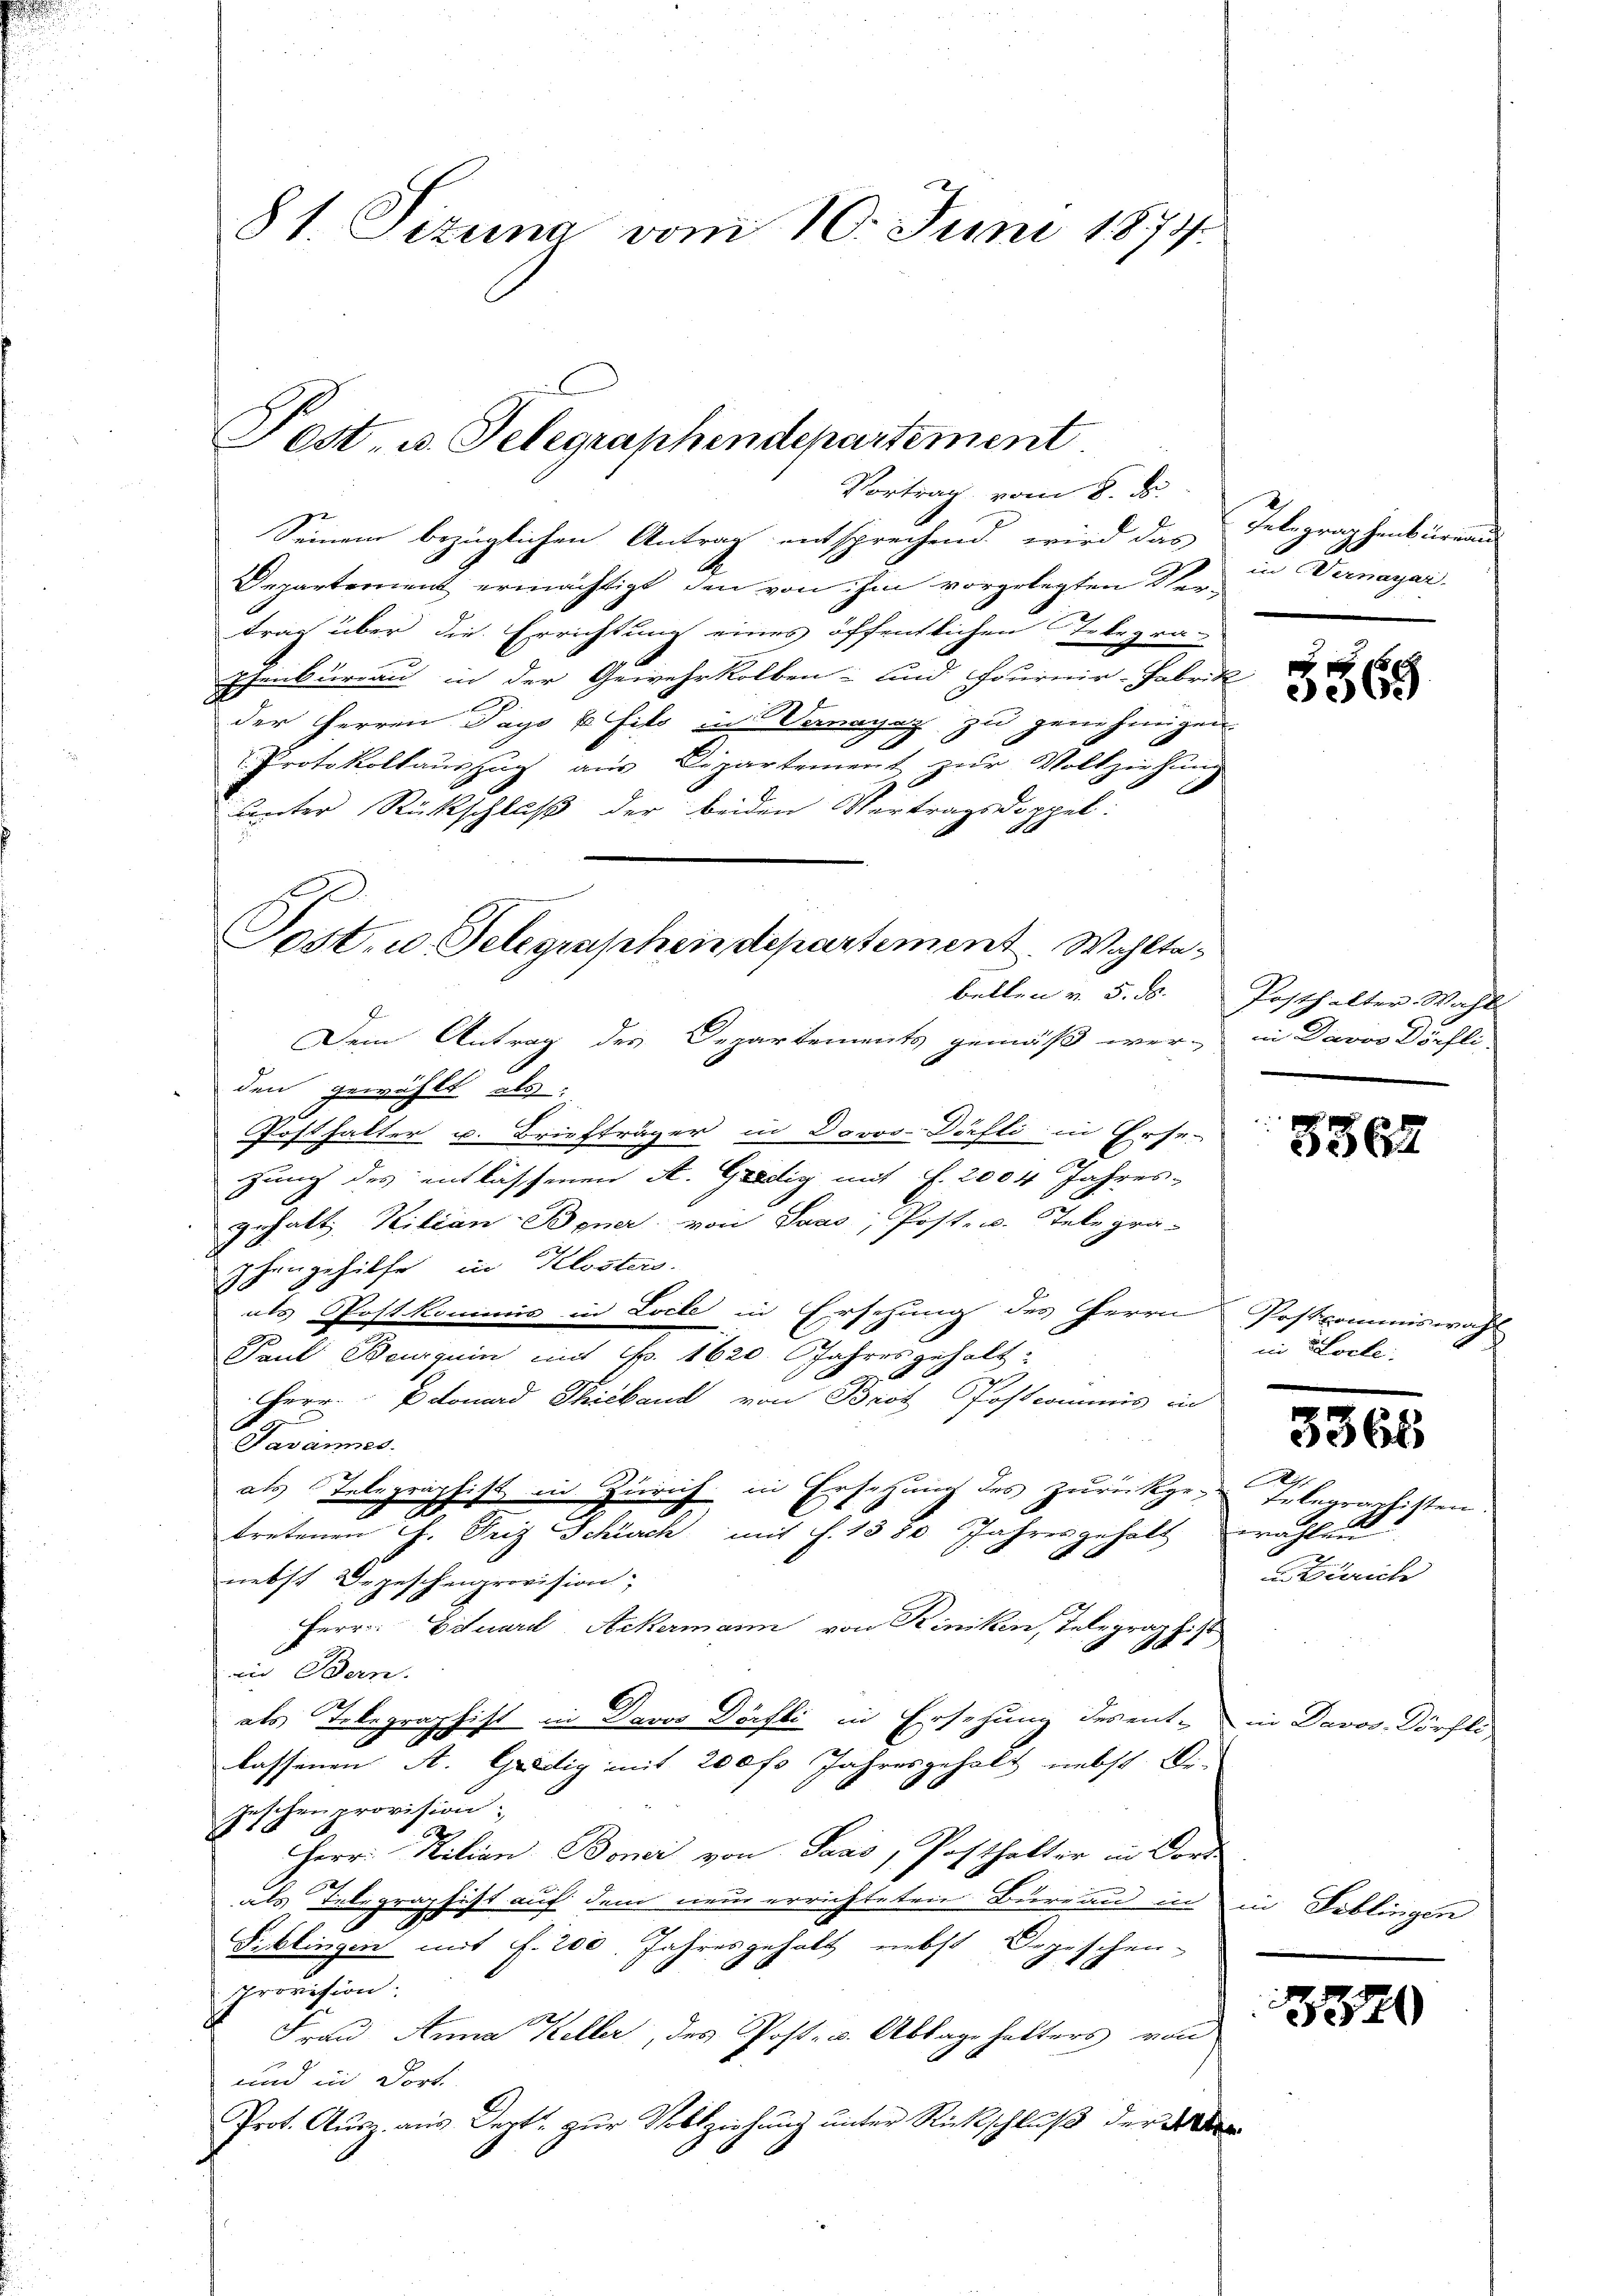
81 Sizung vom 10. Juni 1879.

Post, u. Telegraphendepartement.

Vortrag vom 8. ds.
Seinem bezüglichen Antrag entsprechend wird das Telegraphenbüreai
Departement ermächtigt, den von ihm vorgelegten Scher in ernayar.
trag über die Errichtung eines öffentlichen Telegra-
Psenbureau in der Gewehrkolben und Fournir-Fabrik
der Herren Pays p fils in Waagaz zu genehmigen.
Protokollauszug aus Departement zŭr Vollziehung
unter Rückschluß der beiden Vertragsdoppel:
bellen v. 5. d.
Dem Antrag des Departements gemäß wer- in Davos Dörfli
den gewählt als:
Posthalter u. Briefträger in Davos- Dörfli in Erse-
zung des entlassenen A. Gradig mit f. 2004 Jahres-
gehalt, Kilian-Boner von Saas, Post- u. Telegra-
phengehilfe in Kloster.
als Postkommis in Loile in Ersehung des Herrn Postcommiswahl
Paul Bourquin mit Fr. 1620. Jahresgehalt-
HHerr Edouard Thiekaud von Brot Postcommis in
Tavannes.
als Telegraphist in Zürich in Ersetzung des zurückge-Telegraphisten
tretenen G. Friz Schürch mit J. 1880 Jahresgehalt wahlen
nebst Depeschenprovision;
Herr Eduard Ackermann von Kinken, Telegraphist
in Bern.
als Telegraphist in Davos Dörfli in Ersehung desente in Davos- Dörfli,
lassenen A. Grättig mit 200 f. Jahresgehalt nebst Ur-
Geschenprovision;
Herr Kilian Boner von Paas, Posthalter in Dort
als Telegraphist auf dem neue errichteten Bureau in in Biblingen
Siblingen mit f. 200. Jahresgehalt nebst Depeschen-
Provision.
de
Frau Anna Keller, des Post- u. Ablage hatters von
und in dort
Prot. Ausz. aus Sept. zur Vollziehung unter Rückschluß der d

Sost. u. Telegraphendepartement. Wohlta¬

5563

Posthalter Wahl
.
e

8562

in Locte:

3368

Zürich

520